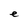
Character: e